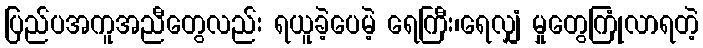
ပြည်ပအကူအညီတွေလည်း ရယူခဲ့ပေမဲ့ ရေကြီး၊ရေလျှံ မှုတွေကြုံလာရတဲ့